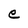
Character: e